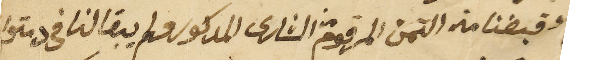
وقبضنا منه الثمن المرقوم من الشارى المدكور فلم يبقا لنا في دمتوا